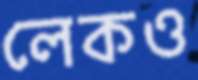
লেকও